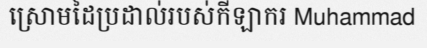
ស្រោមដៃប្រដាល់របស់កីឡាករ Muhammad